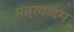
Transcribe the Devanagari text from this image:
मंत्रवादम